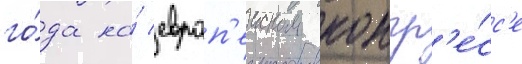
го́да на́ европ'еиском конгр'е́сс'е